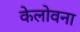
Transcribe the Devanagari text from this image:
केलोवना